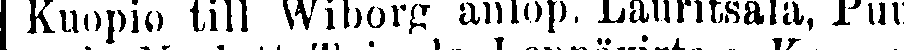
Kuopio till Wiborg anlöp. Lauritsala, Puu